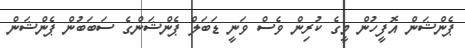
ޕެންޝަން އޮފީހުން މީގެ ކުރިން ވެސް ވަނީ ޑަބަލް ޕެންޝަންގެ ސަބަބުން ޕެންޝަން